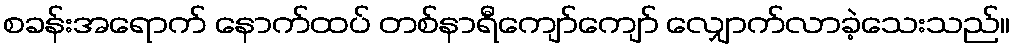
စခန်းအရောက် နောက်ထပ် တစ်နာရီကျော်ကျော် လျှောက်လာခဲ့သေးသည်။